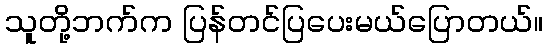
သူတို့ဘက်က ပြန်တင်ပြပေးမယ်ပြောတယ်။